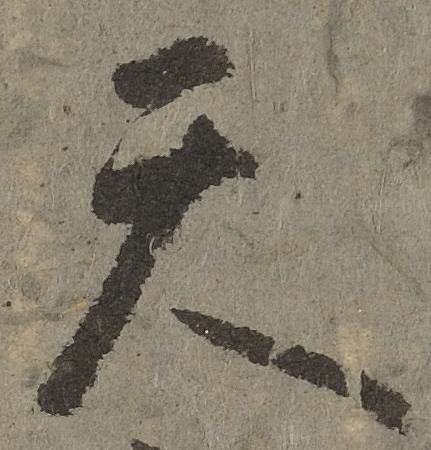
天